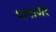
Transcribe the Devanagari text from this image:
पाषाणेर